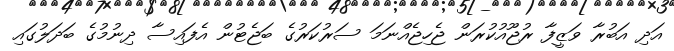
އަދި އަބުރާ ވަޒީފާ ރުޖޫއުކުރަން ޖެހިޖެއްނަމަ ސަރުކަރުގެ ބަޖެޓުން އެފައިސާ ދިނުމުގެ ބަދަލުގައި